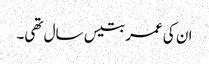
ان کی عمر بتیس سال تھی۔